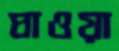
ঘাওয়া